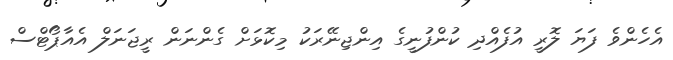
އެހެންވެ ފަޔަ ލޮރީ އުފެއްދި ކުންފުނީގެ އިންޖިނޭރަކު މިކޮޅަށް ގެންނަން ރީޖަނަލް އެއާޕޯޓްސް